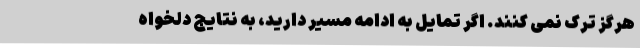
هرگز ترک نمی کنند. اگر تمایل به ادامه مسیر دارید، به نتایج دلخواه